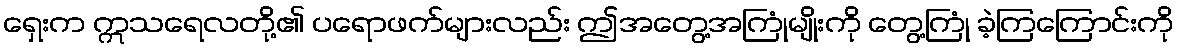
ရှေးက ဣသရေလတို့၏ ပရောဖက်များလည်း ဤအတွေ့အကြုံမျိုးကို တွေ့ကြုံ ခဲ့ကြကြောင်းကို